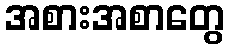
အစားအစာတွေ